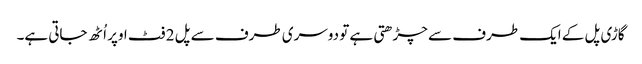
گاڑی پل کے ایک طرف سے چڑھتی ہے تو دوسری طرف سے پل 2 فٹ اوپر اُٹھ جاتی ہے۔